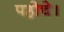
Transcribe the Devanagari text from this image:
पहोचे।